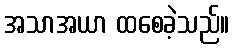
အသာအယာ ထစေခဲ့သည်။